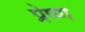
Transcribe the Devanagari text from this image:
प्रेष्ण